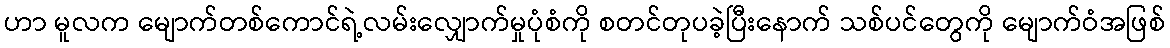
ဟာ မူလက မျောက်တစ်ကောင်ရဲ့လမ်းလျှောက်မှုပုံစံကို စတင်တုပခဲ့ပြီးနောက် သစ်ပင်တွေကို မျောက်ဝံအဖြစ်